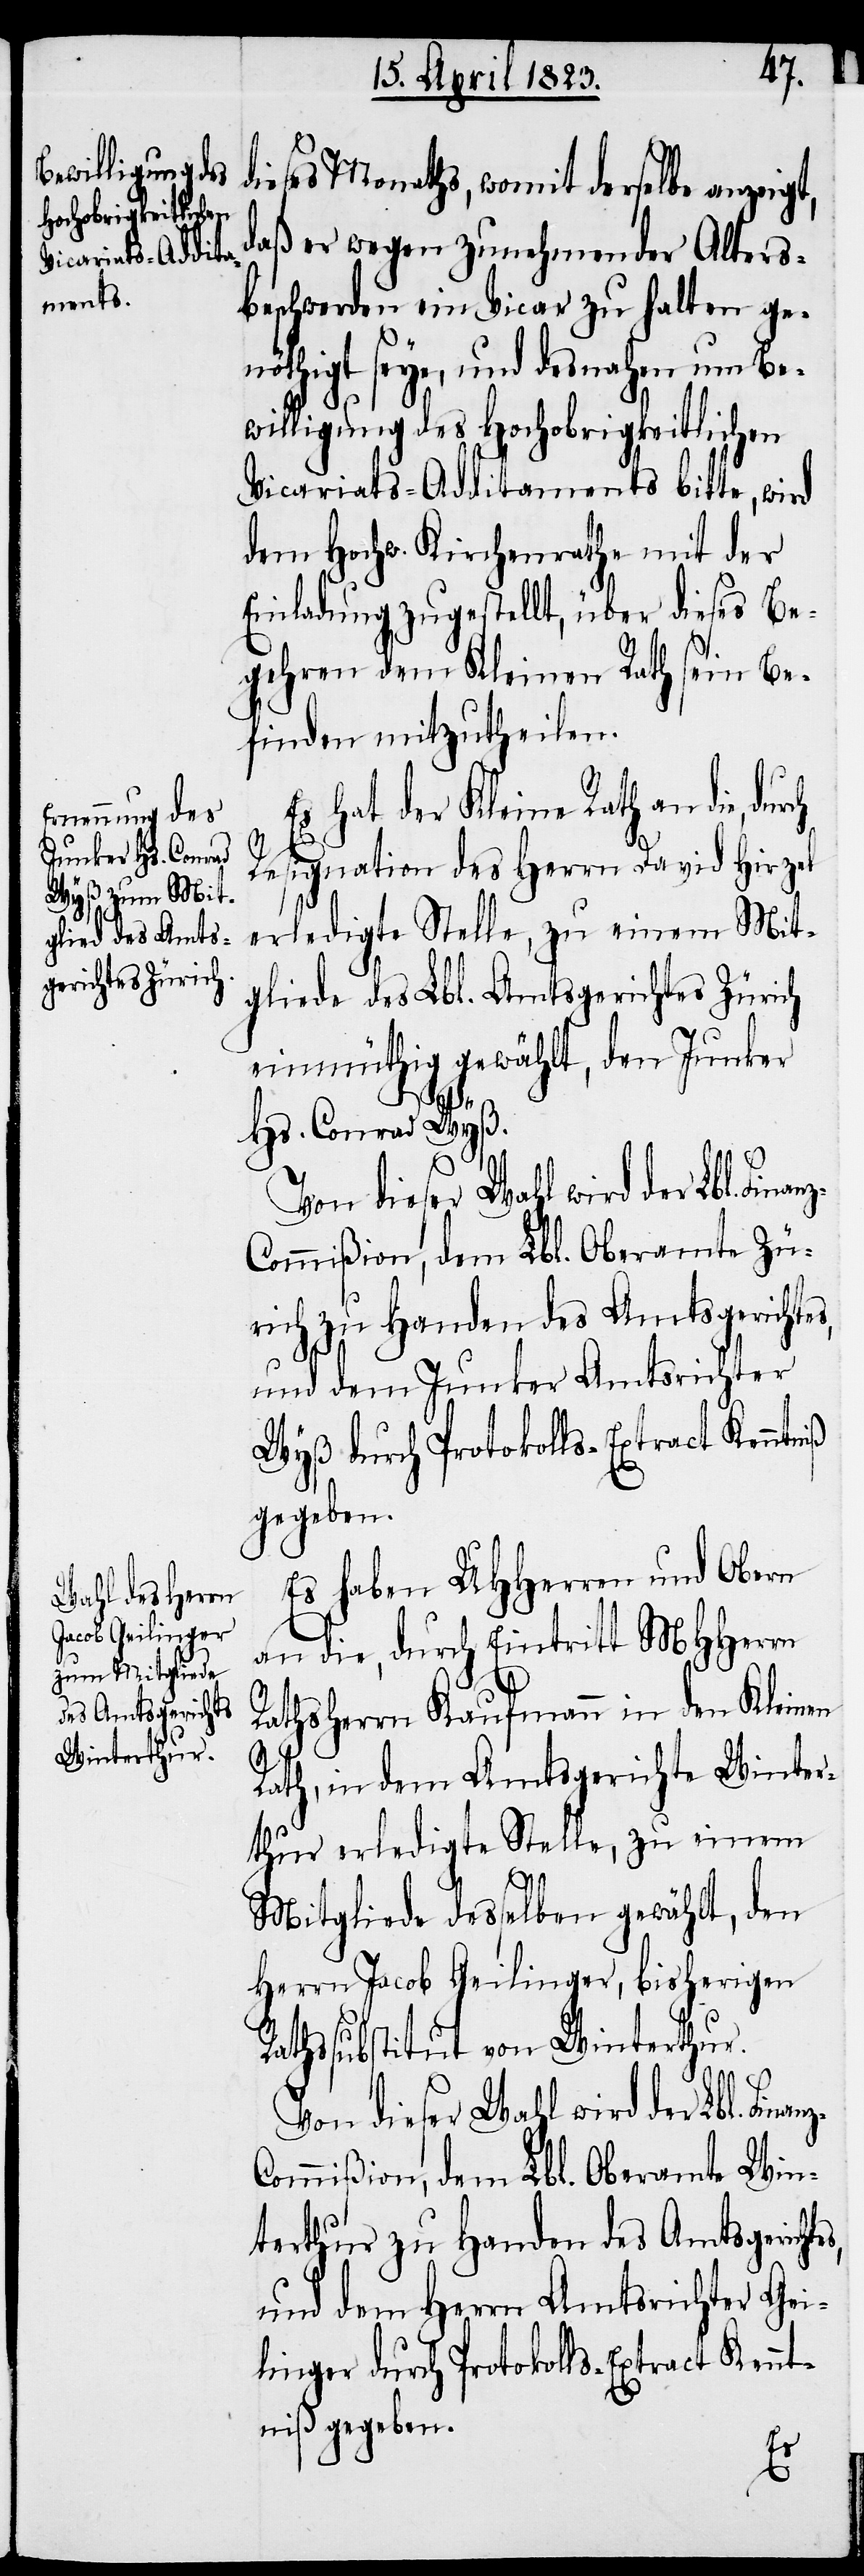
dieses Monaths, womit derselbe anzeigt,
daß er wegen zunehmender Alters¬
beschwerden ein Vicar zu halten ge¬
nöthigt seye, und desnahen um Be¬
willigung des Hochobrigkeitlichen
Vicariats-Additaments bitte, wird
dem Hochw. Kirchenrathe mit der
Einladung zugestellt, über dieses Be¬
gehren dem Kleinen Rath sein Be¬
finden mitzutheilen.
Es hat der Kleine Rath an die,
Resignation des Herrn David Hirzel
erledigte Stelle, zu einem Mit¬
gliede des Lbl. Amtsgerichtes Zürich
einmüthig gewählt, den Junker
tes,
Hs. Conrad Wyß.
ommißion, dem Lbl. Oberamte Zü¬
rich zu Handen des Amtsgerichtes,
und dem Junker Amtsrichter
Wyß durch Protokolls-Extract Kenntniß
gegeben.
Es haben UHHerren und Obern
an die, durch Eintritt MHHerrn
Rathsherrn Kaufmann in den Kleinen
Rath, in dem Amtsgerichte Winter¬
thur erledigte Stelle, zu einem
Mitgliede desselben gewählt, den
Herrn Jacob Geilinger, bisherigen
Rathssubstitut von Winterthur.
Von dieser Wahl wird der Lbl. Fina¬
ommißion, dem Lbl. Oberamte Win¬
terthur zu Handen des Amtsgerich¬
und dem Herrn Amtsrichter Gei¬
linger durch Protokolls-Extract Kennt¬
niß gegeben.